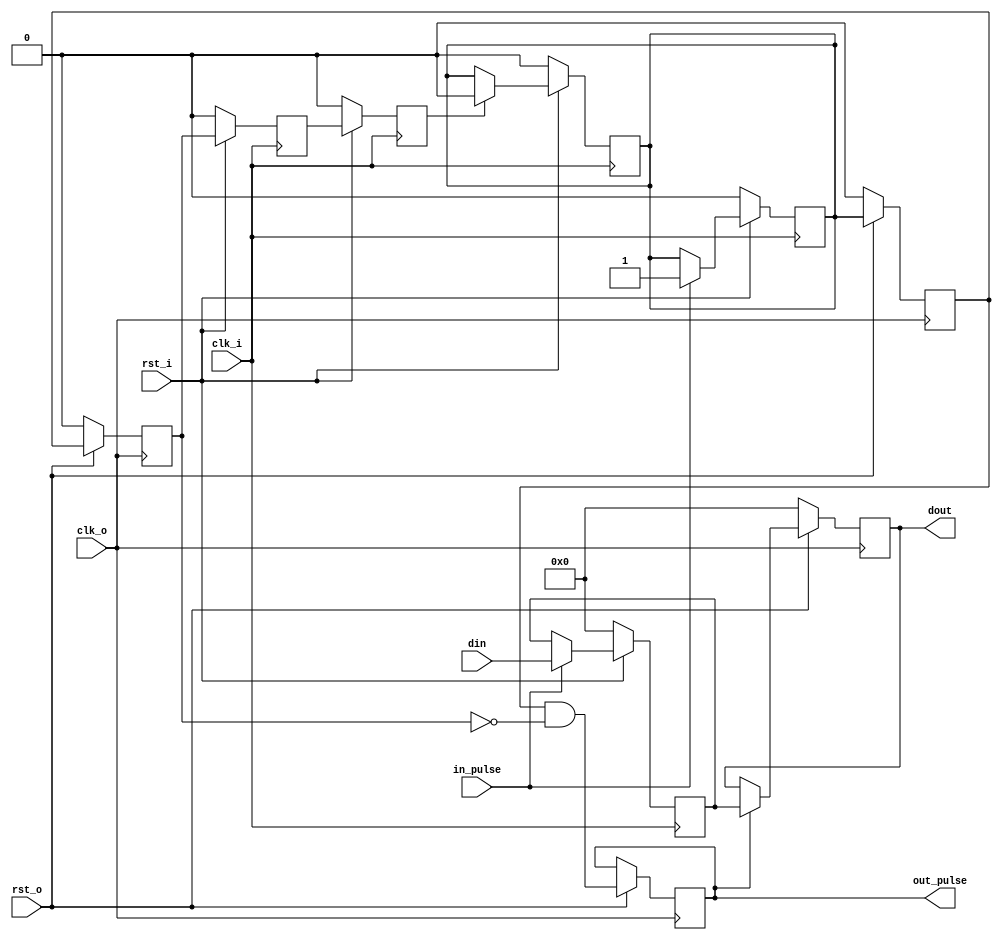
//==================================================================================================
//  Revision      : 
//  Company       : HKUST
//
//  Description   : 
//
//
//==================================================================================================
module mutidata3 (clk_i, rst_i,in_pulse,din,
    clk_o,rst_o,out_pulse,dout);

    input clk_i;
    input rst_i;
    input [7:0] din;
    input rst_o;
    input clk_o;
    input in_pulse;
    output reg [7:0] dout;
    output  reg out_pulse;

    reg [7:0] din_temp;
    reg in_request;//

always @(posedge clk_i) begin
    if (rst_i == 0) begin
        // reset
        in_request <= 0;
    end
    else if (in_pulse == 1) begin
        in_request <= 1;
    end
end

always @(posedge clk_i) begin
    if (rst_i == 0) begin
        // reset
        din_temp = 8'b0;
    end
    else if (in_pulse== 1) begin
        din_temp <= din;
    end
end

//in_requestclk out
reg out_vld_q1;
reg out_vld_q2;
always @ (posedge clk_o) begin
    if(rst_o == 0)begin
        out_vld_q1 <= 0;
        out_vld_q2 <= 0;
    end
    else begin
        out_vld_q1 <= in_request;
        out_vld_q2 <= out_vld_q1;
        out_pulse <= out_vld_q1 && ~out_vld_q2;
    end
end

//out_vld,
always @(posedge clk_o) begin
    if (rst_o == 0) begin
        // reset
        dout <= 0;
    end
    else if (out_pulse == 1) begin
        dout <= din_temp;      
    end
end

reg in_vld_q1;
reg in_vld_q2;
//out_vldclk_in
always @(posedge clk_i) begin
    if (rst_i == 0) begin
        // reset
        in_vld_q1 <= 1'b0;
        in_vld_q2 <= 1'b0;
    end
    else begin
        in_vld_q1 <= out_vld_q2;
        in_vld_q2 <= in_vld_q1;
    end
end

//in_vld
always @(posedge clk_i) begin
    if (rst_i == 0) begin
        // reset
        in_request <= 1'b0;
    end
    else if (in_vld_q2 == 1) begin
        in_request <= 1'b0;
    end
end

endmodule